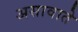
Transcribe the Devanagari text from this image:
असावाते